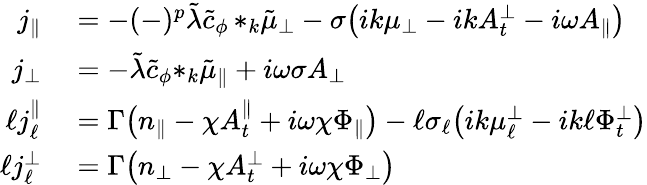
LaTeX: \begin{array}{rl}{j_{\| }}&{{}=-(-)^{p}\tilde{\lambda}\tilde{c}_{\phi}\, {*_{k}\tilde{\mu}_{\perp}}-\sigma\big(ik{\mu_{\perp}}-ikA_{t}^{\perp}-i\omega A_{\| }\big)}\\ {j_{\perp}}&{{}=-\tilde{\lambda}\tilde{c}_{\phi}{*_{k}\tilde{\mu}_{\| }}+i\omega\sigma A_{\perp}}\\ {\ell j_{\ell}^{\| }}&{{}=\Gamma\big(n_{\| }-\chi A_{t}^{\| }+i\omega\chi\Phi_{\| }\big)-\ell\sigma_{\ell}\big(ik\mu_{\ell}^{\perp}-ik\ell\Phi_{t}^{\perp}\big)}\\ {\ell j_{\ell}^{\perp}}&{{}=\Gamma\big(n_{\perp}-\chi A_{t}^{\perp}+i\omega\chi\Phi_{\perp}\big)}\end{array}